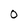
Character: O